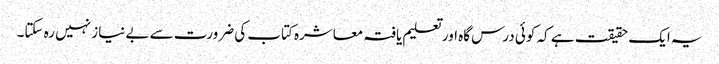
یہ ایک حقیقت ہے کہ کوئی درس گاہ اور تعلیم یافتہ معاشرہ کتاب کی ضرورت سے بے نیاز نہیں رہ سکتا۔